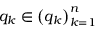
q _ { k } \in \left( q _ { k } \right) _ { k = 1 } ^ { n }